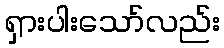
ရှားပါးသော်လည်း